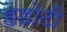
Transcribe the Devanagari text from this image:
हडोटी